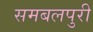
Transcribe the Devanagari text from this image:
समबलपुरी